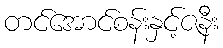
တင်အောင်စန်းနှင့်ဇနီး